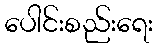
ပေါင်းစည်းရေး